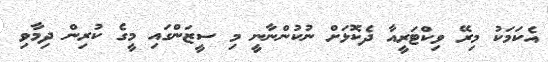
އެކަަަމަކު މިރޭ ވިކްޓަރީއާ ދެކޮޅަށް ނުކުންނާނީ މި ސީޒަންގައި މީގެ ކުރިން ދިމާވި